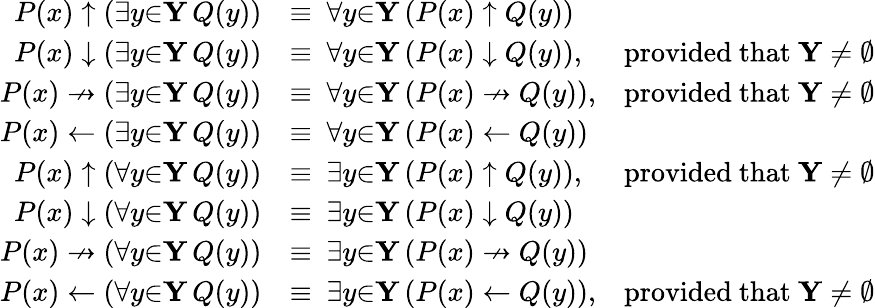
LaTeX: {\begin{array}{rlr}{P(x)\uparrow(\exists{y}{\in}\mathbf{Y}\, Q(y))}&{\equiv\ \forall{y}{\in}\mathbf{Y}\, (P(x)\uparrow Q(y))}\\ {P(x)\downarrow(\exists{y}{\in}\mathbf{Y}\, Q(y))}&{\equiv\ \forall{y}{\in}\mathbf{Y}\, (P(x)\downarrow Q(y)),}&{{\mathrm{provided~that~}}\mathbf{Y}\neq\emptyset}\\ {P(x)\nrightarrow(\exists{y}{\in}\mathbf{Y}\, Q(y))}&{\equiv\ \forall{y}{\in}\mathbf{Y}\, (P(x)\nrightarrow Q(y)),}&{{\mathrm{provided~that~}}\mathbf{Y}\neq\emptyset}\\ {P(x)\gets(\exists{y}{\in}\mathbf{Y}\, Q(y))}&{\equiv\ \forall{y}{\in}\mathbf{Y}\, (P(x)\gets Q(y))}\\ {P(x)\uparrow(\forall{y}{\in}\mathbf{Y}\, Q(y))}&{\equiv\ \exists{y}{\in}\mathbf{Y}\, (P(x)\uparrow Q(y)),}&{{\mathrm{provided~that~}}\mathbf{Y}\neq\emptyset}\\ {P(x)\downarrow(\forall{y}{\in}\mathbf{Y}\, Q(y))}&{\equiv\ \exists{y}{\in}\mathbf{Y}\, (P(x)\downarrow Q(y))}\\ {P(x)\nrightarrow(\forall{y}{\in}\mathbf{Y}\, Q(y))}&{\equiv\ \exists{y}{\in}\mathbf{Y}\, (P(x)\nrightarrow Q(y))}\\ {P(x)\gets(\forall{y}{\in}\mathbf{Y}\, Q(y))}&{\equiv\ \exists{y}{\in}\mathbf{Y}\, (P(x)\gets Q(y)),}&{{\mathrm{provided~that~}}\mathbf{Y}\neq\emptyset}\end{array}}